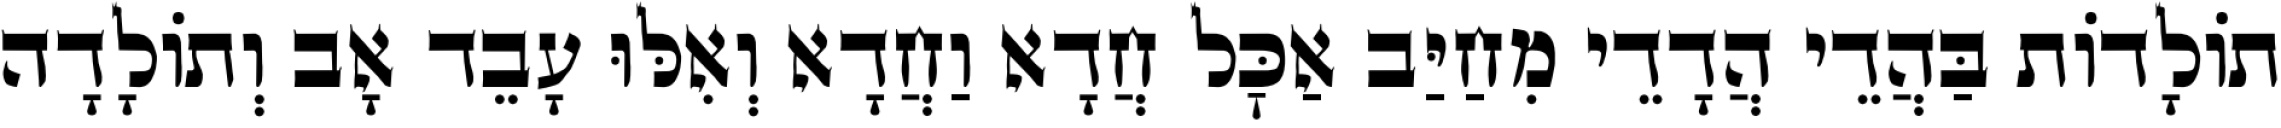
תוֹלָדוֹת בַּהֲדֵי הֲדָדֵי מִחַיַּב אַכׇּל חֲדָא וַחֲדָא וְאִלּוּ עָבֵד אָב וְתוֹלָדָה